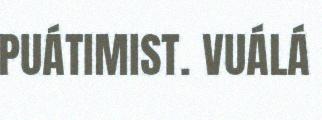
PUÁTIMIST. VUÁLÁ